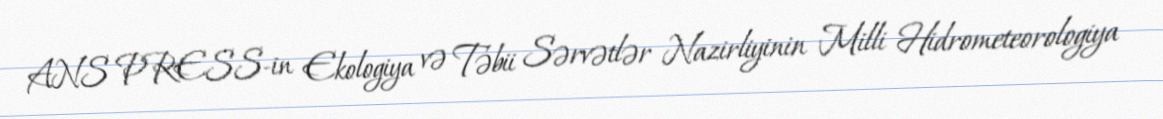
ANS PRESS-in Ekologiya və Təbii Sərvətlər Nazirliyinin Milli Hidrometeorologiya